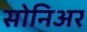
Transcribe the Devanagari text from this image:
सोनिअर